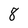
Character: 8